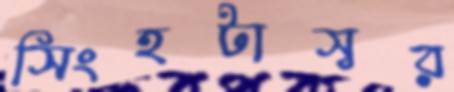
সিংহটাস্বর